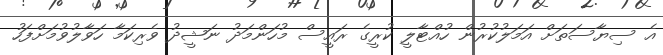
އެ ސިޔާސަތަށް އަމަލުކުރުން ހުއްޓާލީ ކުރީގެ ރައީސް މުހަންމަދު ނަޝީދު ވެރިކަމާ ހަވާލުވުމަށްފަހު